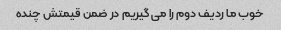
خوب ما ردیف دوم را می گیریم در ضمن قیمتش چنده